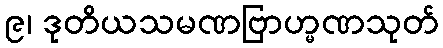
၉၊ ဒုတိယသမဏဗြာဟ္မဏသုတ်